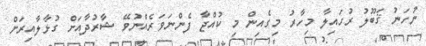
ނުހަނު ޤަބޫލު ރުހައިލާ މިހާރު މިގެއިން މި ކުއްޖާ ފެންނަވަރެއްނުވޭ ޝާރުދާއަށް ގުޅާލާއިރަށް